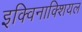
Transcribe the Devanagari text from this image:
इक्विनाक्शियल